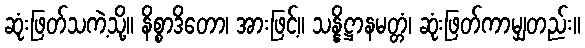
ဆုံးဖြတ်သကဲ့သို့။ နိစ္စာဒိတော၊ အားဖြင့်။ သန္နိဋ္ဌာနမတ္တံ၊ ဆုံးဖြတ်ကာမျှတည်း။